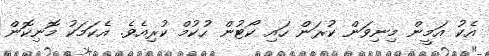
އެކު އަމީން މިނިވަން ކުރަން ހައި ކޯޓުން ހުކުމް ކުރިއެވެ. އެކަމަކު މޮނިކޮން